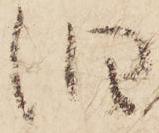
旧